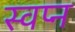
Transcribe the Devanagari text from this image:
स्वप्‍न